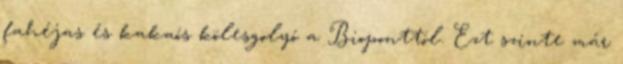
fahéjas és kakaós kölesgolyó a Bioponttól. Ezt szinte már